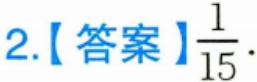
2.【答案】$\frac{1}{15}$.